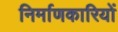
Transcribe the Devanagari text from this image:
निर्माणकारियों